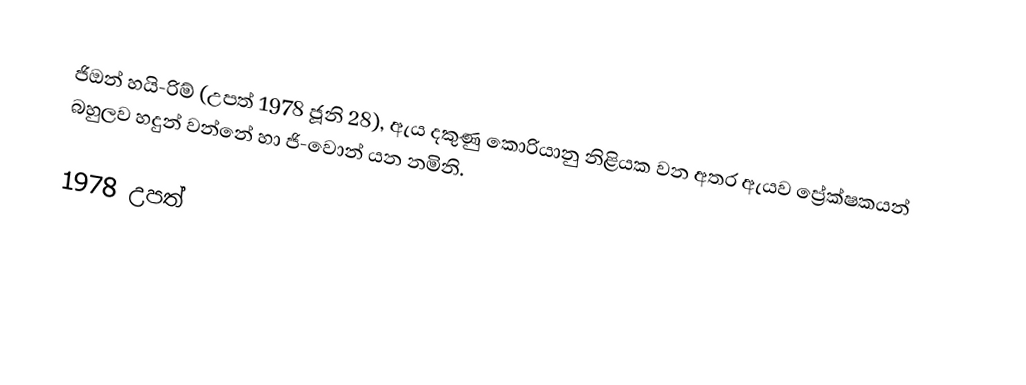
ජිඔන් හයි-රිම් (උපත් 1978 ජූනි 28), ඇය දකුණු කොරියානු නිළියක වන අතර ඇයව ප්‍රේක්ෂකයන් බහුලව හදුන් වන්නේ හා ජි-වොන් යන නමිනි.

1978 උපත්